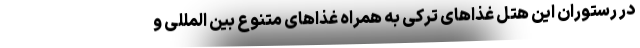
در رستوران این هتل غذاهای ترکی به همراه غذاهای متنوع بین المللی و